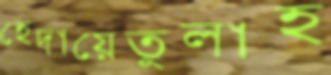
হেদায়েতুলাহ